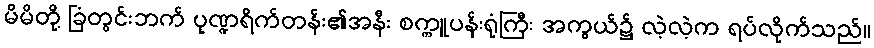
မိမိတို့ ခြံတွင်းဘက် ပုဏ္ဍရိက်တန်း၏အနီး စက္ကူပန်းရုံကြီး အကွယ်၌ လဲ့လဲ့က ရပ်လိုက်သည်။